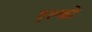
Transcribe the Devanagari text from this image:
एल्को